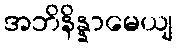
အဘိနိန္နာမေယျ